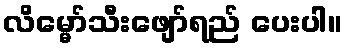
လိမ္မော်သီးဖျော်ရည် ပေးပါ။